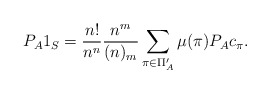
\begin{align*} P_A 1_S = \frac{n!}{n^n} \frac{n^m}{(n)_m} \sum_{\pi\in \Pi'_A} \mu(\pi) P_A c_\pi. \end{align*}